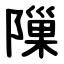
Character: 隟